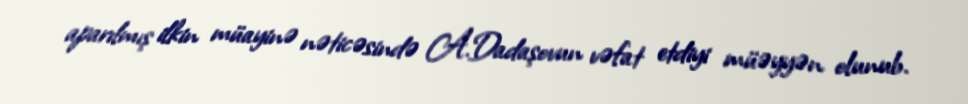
aparılmış ilkin müayinə nəticəsində A.Dadaşovun vəfat etdiyi müəyyən olunub.